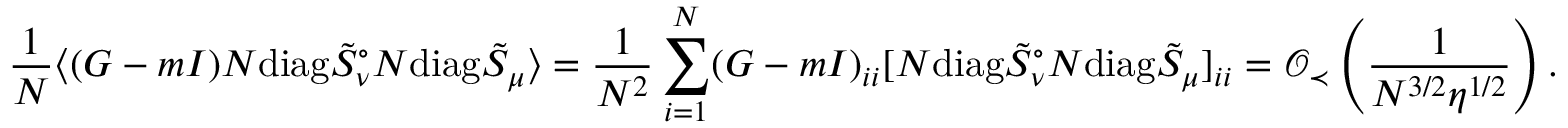
\frac { 1 } { N } \langle ( G - m I ) N \mathrm { d i a g } \tilde { S } _ { \nu } ^ { \circ } N \mathrm { d i a g } \tilde { S } _ { \mu } \rangle = \frac { 1 } { N ^ { 2 } } \sum _ { i = 1 } ^ { N } ( G - m I ) _ { i i } [ N \mathrm { d i a g } \tilde { S } _ { \nu } ^ { \circ } N \mathrm { d i a g } \tilde { S } _ { \mu } ] _ { i i } = \mathcal O _ { \prec } \left( \frac { 1 } { N ^ { 3 / 2 } \eta ^ { 1 / 2 } } \right) .